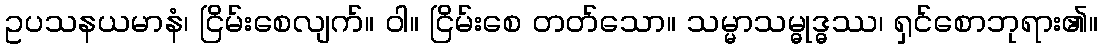
ဥပသနယမာနံ၊ ငြိမ်းစေလျက်။ ဝါ။ ငြိမ်းစေ တတ်သော။ သမ္မာသမ္ဓုဒ္ဓဿ၊ ရှင်စောဘုရား၏။